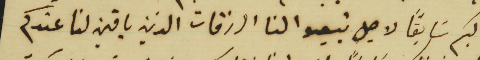
اليكم سابقًا لاجل تبيعوا لنا الرزقات الذين باقين لنا عندكم